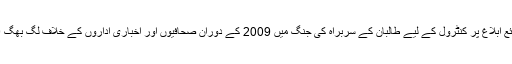
رپورٹ میں کہا گیا کہ ذرائع ابلاغ پر کنٹرول کے لیے طالبان کے سربراہ کی جنگ میں 2009 کے دوران صحافیوں اور اخباری اداروں کے خلاف لگ بھگ 40 حملے کیے گئے تھے۔